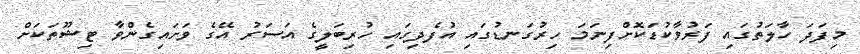
މިފަދަ ހާލަތުގައި ފަރުވާކުޑަކޮށްފިނަމަ ހިރުގަނޑުގައި އުފެދިގައި ހުރިބަލީގެ އަސަރު އޭގެ ވަށައިގެންވާ ޓިޝޫތަކަށް